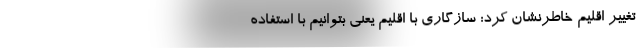
تغییر اقلیم خاطرنشان کرد: سازگاری با اقلیم یعنی بتوانیم با استفاده